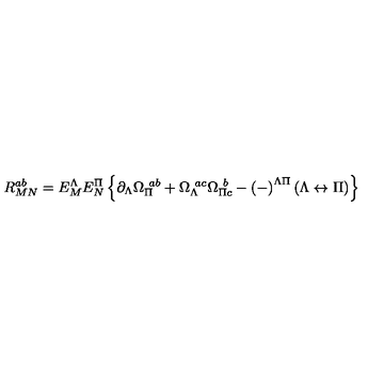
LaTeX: R _ { M N } ^ { a b } = E _ { M } ^ { \Lambda } E _ { N } ^ { \Pi } \left\{ \partial _ { \Lambda } \Omega _ { \Pi } ^ { \ a b } + \Omega _ { \Lambda } ^ { \ a c } \Omega _ { \Pi c } ^ { \ b } - \left( - \right) ^ { \Lambda \Pi } \left( \Lambda \leftrightarrow \Pi \right) \right\}